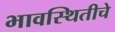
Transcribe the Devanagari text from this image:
भावस्थितीचे